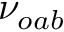
\nu _ { o a b }